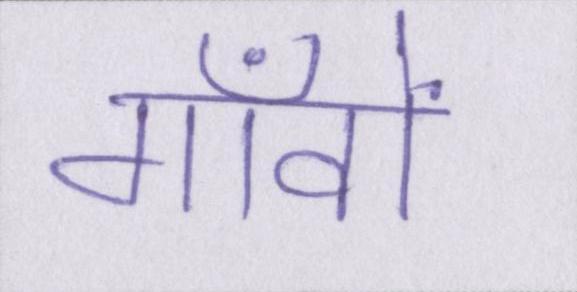
गाँवों